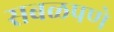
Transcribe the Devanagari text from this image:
सबळपणे